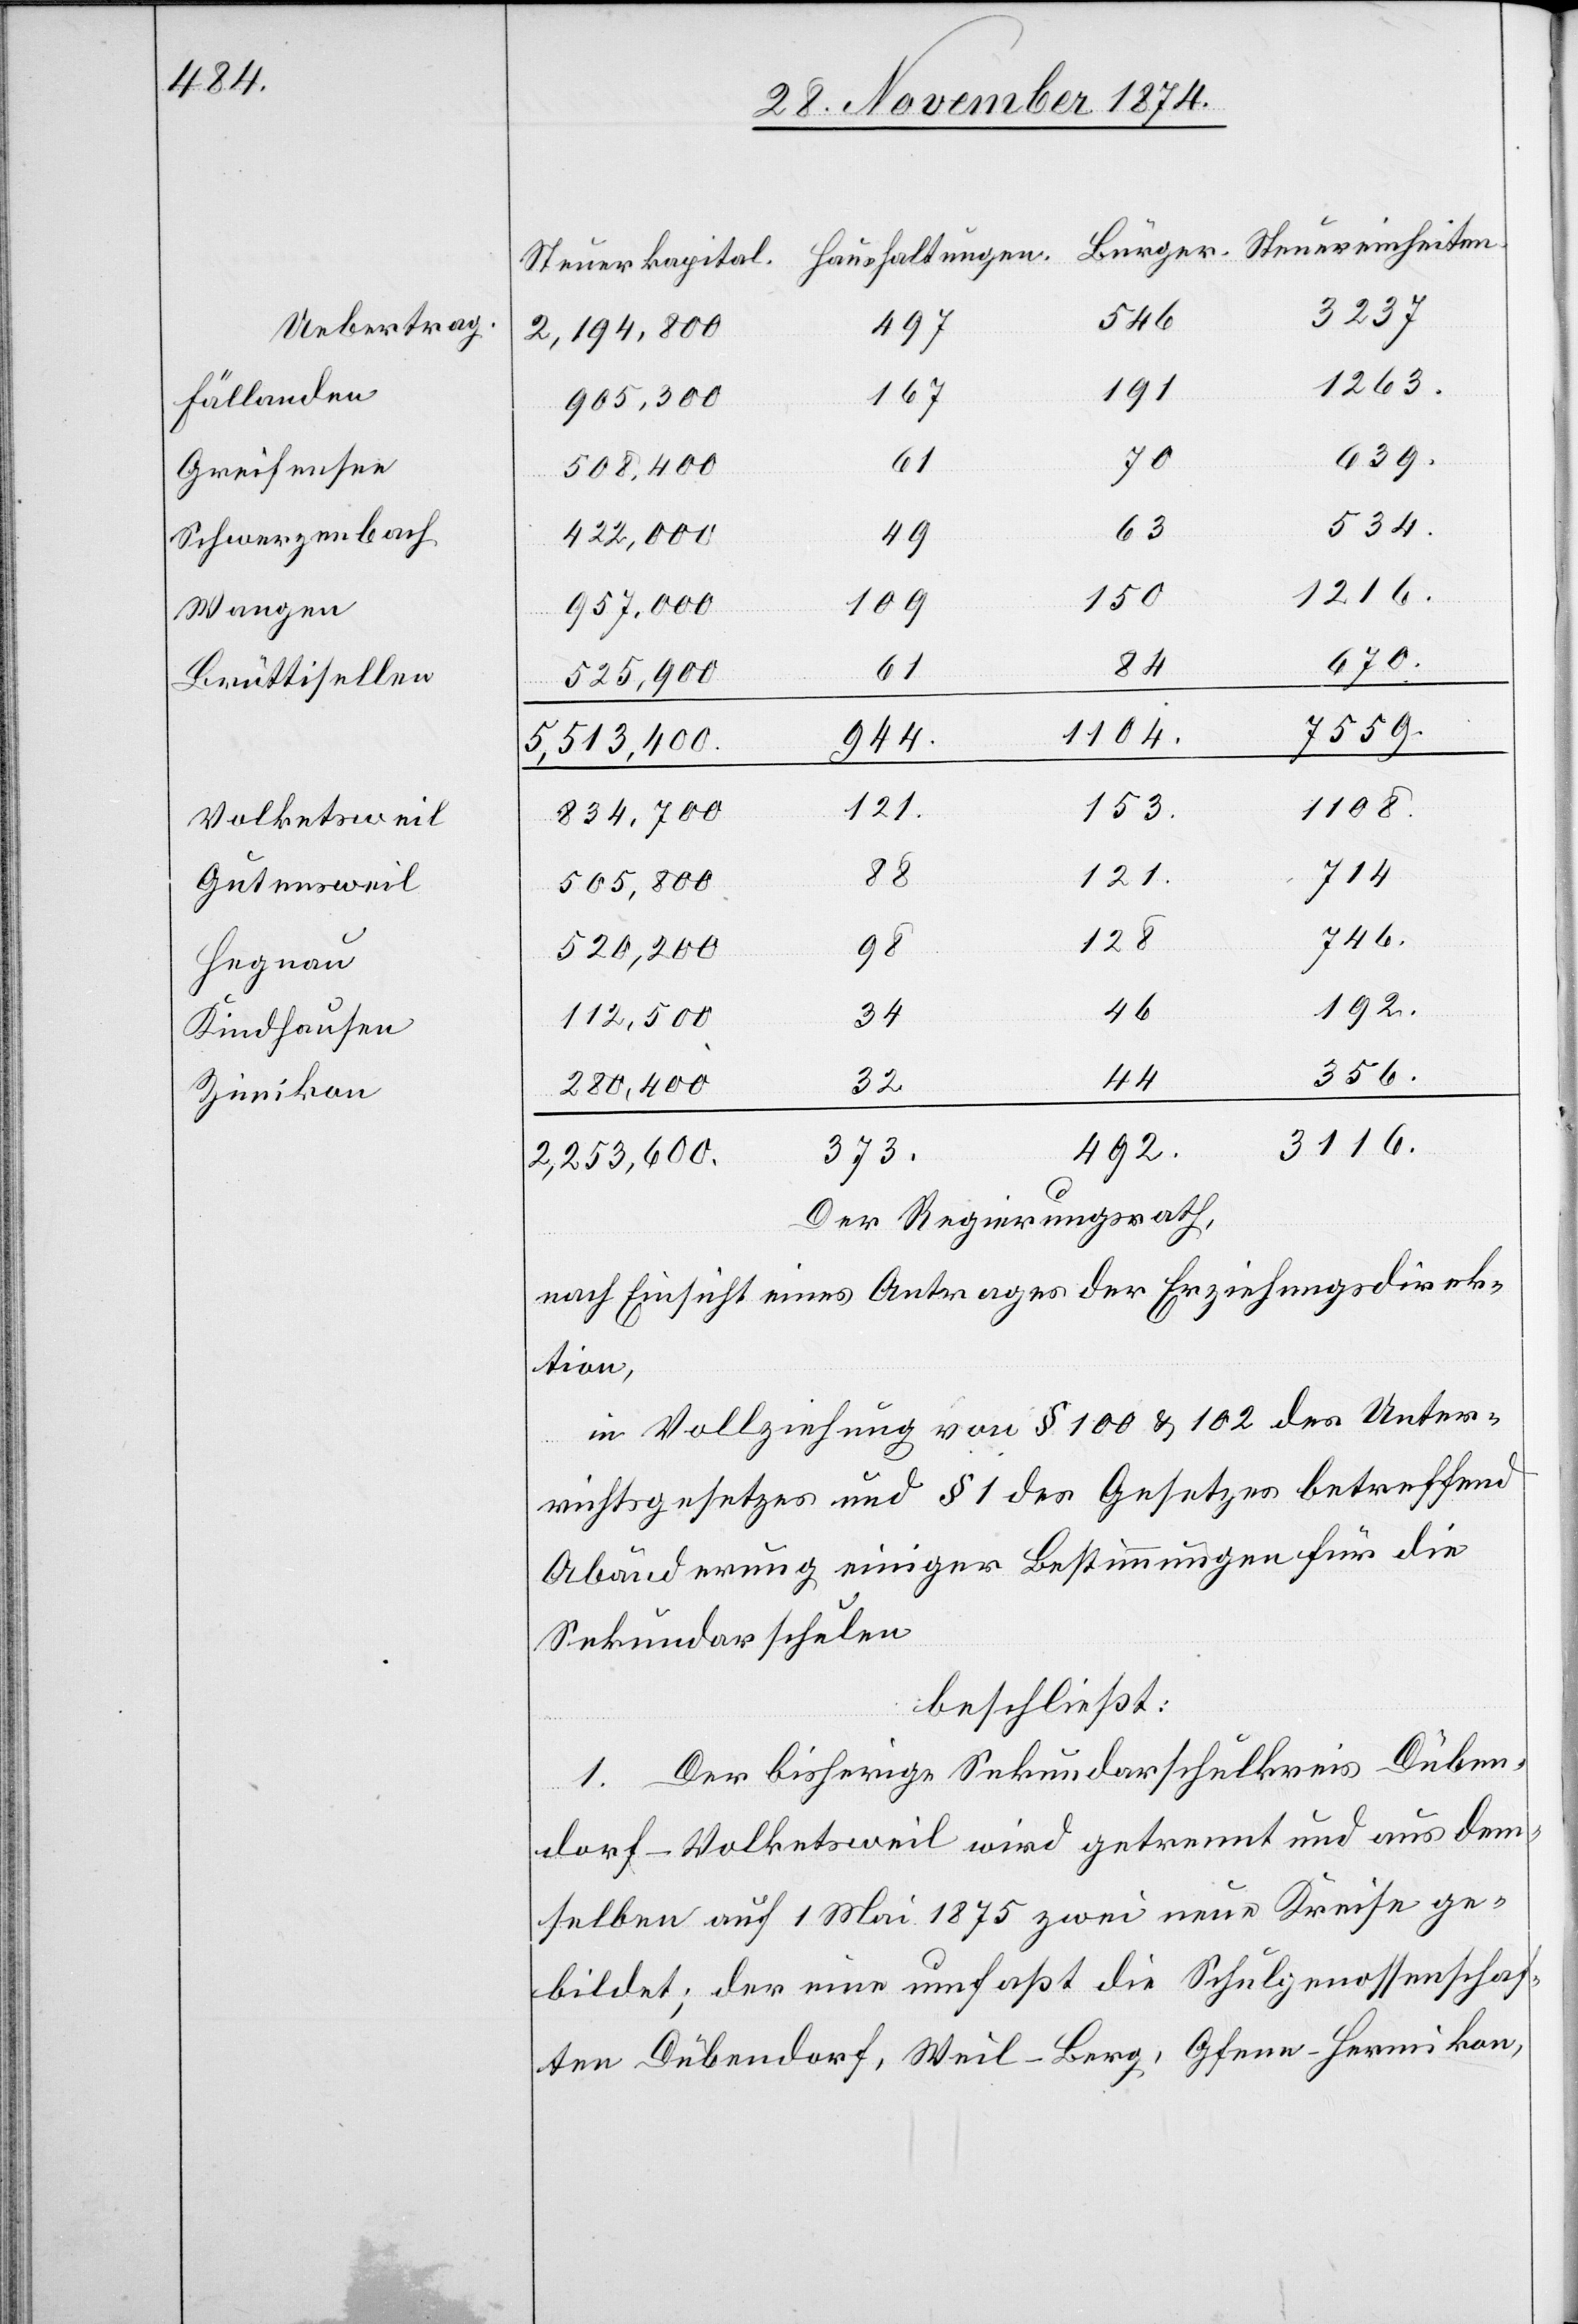
Uebertrag
Fällanden
Greifensee
Schwerzenbach
Wangen
Brüttisellen
Volketsweil
Gutensweil
Hegnau
Kindhausen
Zimikon

3237
546
497
2,194,800
1263.
191
167
905,300
639.
88
61
508,400
534.
63
49
422,000
1216.
153
109
957,000
670.
84
525,900
7559.
1104.
944.
5,513,400.
1108
714
32
505,800
746
128
98
520,200
46
34
112,500
356.
44
280,400
3116.
492.
373.
2,253,600.
Der Regierungsrath,
nach Einsicht eines Antrages der Erziehungsdirek¬
tion,
in Vollziehung von § 100 & 102 des Unter¬
richtsgesetzes und § 1 des Gesetzes betreffend
Abänderung einiger Bestimmungen für die
Sekundarschulen
beschließt:
1. Der bisherige Sekundarschulkreis Düben¬
dorf-Volketsweil wird getrennt und aus dem¬
selben auf 1. Mai 1875 zwei neue Kreise ge¬
bildet; der eine umfaßt die Schulgenossenschaf¬
ten Dübendorf, Weil-Berg, Gfenn-Hermikon,